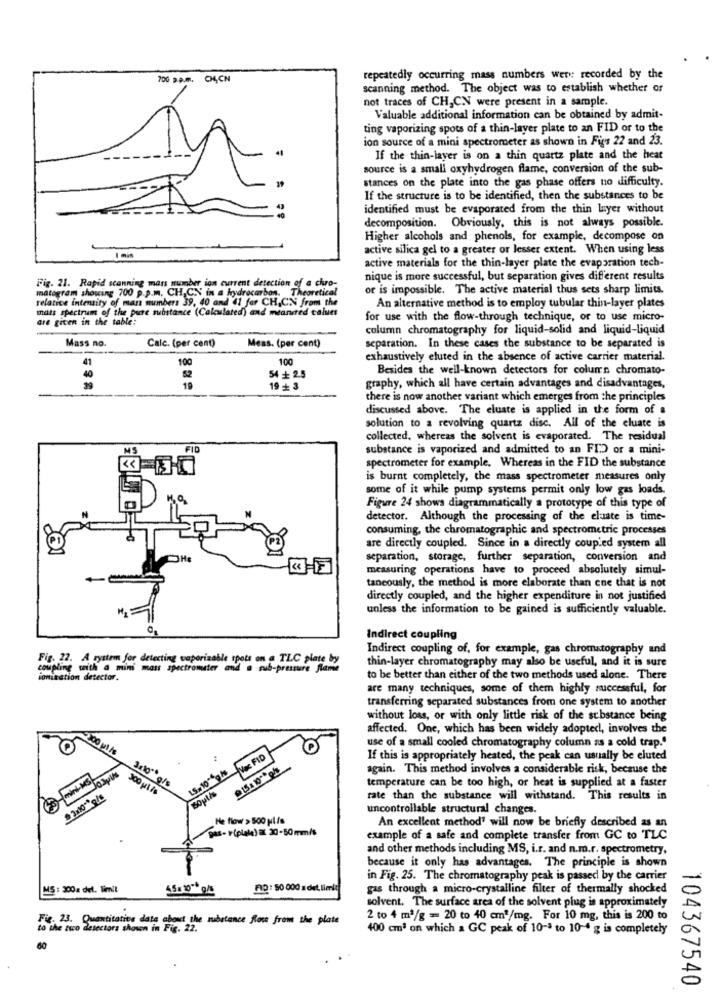
7OG BAM. CH.CN
repeatedly occurring mass numbers wery: recorded by the
scanning method. The object was to establish whether or
not traces of CH,CN were present in a sample.
Valuable additional information can be obtained by admit-
ting vaporizing spots of a thin-layer plate to an FID or to the
ion source of a mini spectrometer as shown in Figs 22 and 23.
If the thin-layer is on a thin quartz plate and the heat
source is a small oxyhydrogen flame, conversion of the sub-
stances on the plate into the gas phase offers no difficulty.
If the structure is to be identified, then the substances to be
identified must be evaporated from the thin layer without
decomposition. Obviously, this is not always possible.
Higher alcohols and phenols, for example, decompose on
active silica gel to a greater or lesser extent. When using less
I mis
active materials for the thin-layer plate the evaporation tech-
Fig. 21. Rapid scanning mars number ion current detection of a chro-
nique is more successful, but separation gives different results
matogram showing 700 p.p.m. CH,CN in a hydrocarbon. Theoretical
or is impossible. The active material thus sets sharp limits.
relatice intensity of man numbers 39, 40 and 41 for CH,CN from the
mats spectrum of the pure substance (Calculated) and measured calues
An alternative method is to employ tubular thin-layer plates
are given in the table:
for use with the flow-through technique, or to use micro-
column chromatography for liquid-solid and liquid-liquid
Mass no.
Calc. (per cent)
Meas. (per cent)
separation. In these cases the substance to be separated is
100
100
exhaustively eluted in the absence of active carrier material.
41
Besides the well-known detectors for column chromato-
40
52
18
54 + 2.5
19 + 3
graphy, which all have certain advantages and disadvantages,
there is now another variant which emerges from the principles
discussed above. The cluste is applied in the form of a
solution to a revolving quartz disc. All of the cluate is
collected, whereas the solvent is evaporated. The residual
FID
substance is vaporized and admitted to an FIDD or a mini-
spectrometer for example. Whereas in the FID the substance
is burnt completely, the mass spectrometer measures only
some of it while pump systems permit only low gas loads.
Figure 24 shows diagrammatically a prototype of this type of
detector. Although the processing of the cluate is time-
consuming, the chromatographic and spectrometric processes
are directly coupled. Since in a directly coupled system all
separation, storage, further separation, conversion and
measuring operations have to proceed absolutely simul-
taneously, the method is more elaborate than cne that is not
directly coupled, and the higher expenditure in not justified
unless the information to be gained is sufficiently valuable.
Indirect coupling
Indirect coupling of, for example, gas chromatography and
Fig. 22. A rystein for detecting vaporizable spots on a TLC plate by
thin-layer chromatography may also be useful, and it is sure
coupling with a mini mass spectromuster and a sub-pressure flame
ionization detector.
to be better than either of the two methods used alone. There
are many techniques, some of them highly successful, for
transferring separated substances from one system to another
without loss, or with only little risk of the substance being
affected. One, which has been widely adopted, involves the
use of a small cooled chromatography column as a cold trap."
,00 ul /s
Vac FID
If this is appropriately heated, the peak can usually be eluted
LS.10%gh
again. This method involves a considerable risk, because the
temperature can be too high, or heat is supplied at a faster
3x10 g/s
Boul's
rate than the substance will withstand. This results in
uncontrollable structural changes.
He flow > 500 ulfs
An excellent method" will now be briefly described as an
gas- r(plate) at 30-50 mm/s
example of a safe and complete transfer from GC to TLC
and other methods including MS, i.r. and n.m.r. spectrometry,
because it only has advantages. The principle is shown
in Fig. 25. The chromatography peak is passed by the carrier
MS : 200a del. limit
FID : 50 000 a det. limit
gas through a micro-crystalline filter of thermally shocked
solvent. The surface area of the solvent plug is approximately
Fig. 23. Quantitative data about the substance Row from the plate
2 to 4 m2/g = 20 to 40 cm3/mg. For 10 mg, this is 200 to
to the tuo detectors shown in Fig. 22.
400 cm3 on which a GC peak of 10 -* to 10-4 g is completely
60
104367540